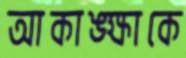
আকাঙ্ক্ষাকে